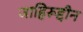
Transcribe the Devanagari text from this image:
जाहिरूद्दीन